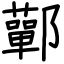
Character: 鄿